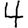
Digit: 4